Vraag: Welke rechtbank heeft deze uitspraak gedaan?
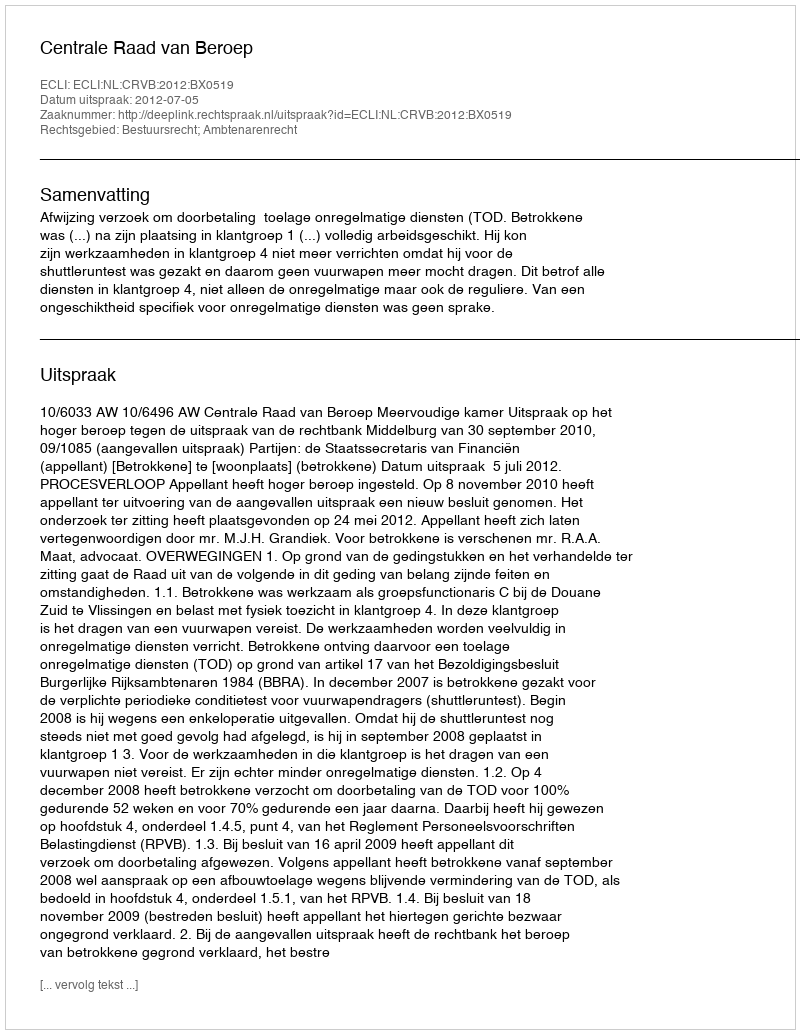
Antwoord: Centrale Raad van Beroep